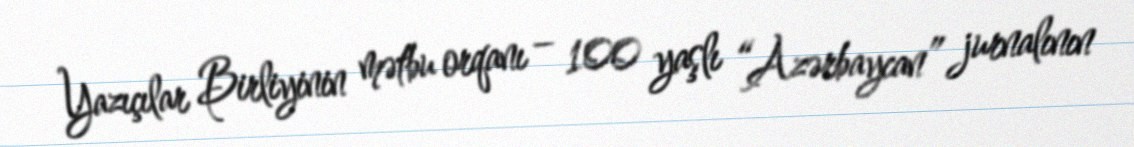
Yazıçılar Birliyinin mətbu orqanı – 100 yaşlı “Azərbaycan” jurnalının